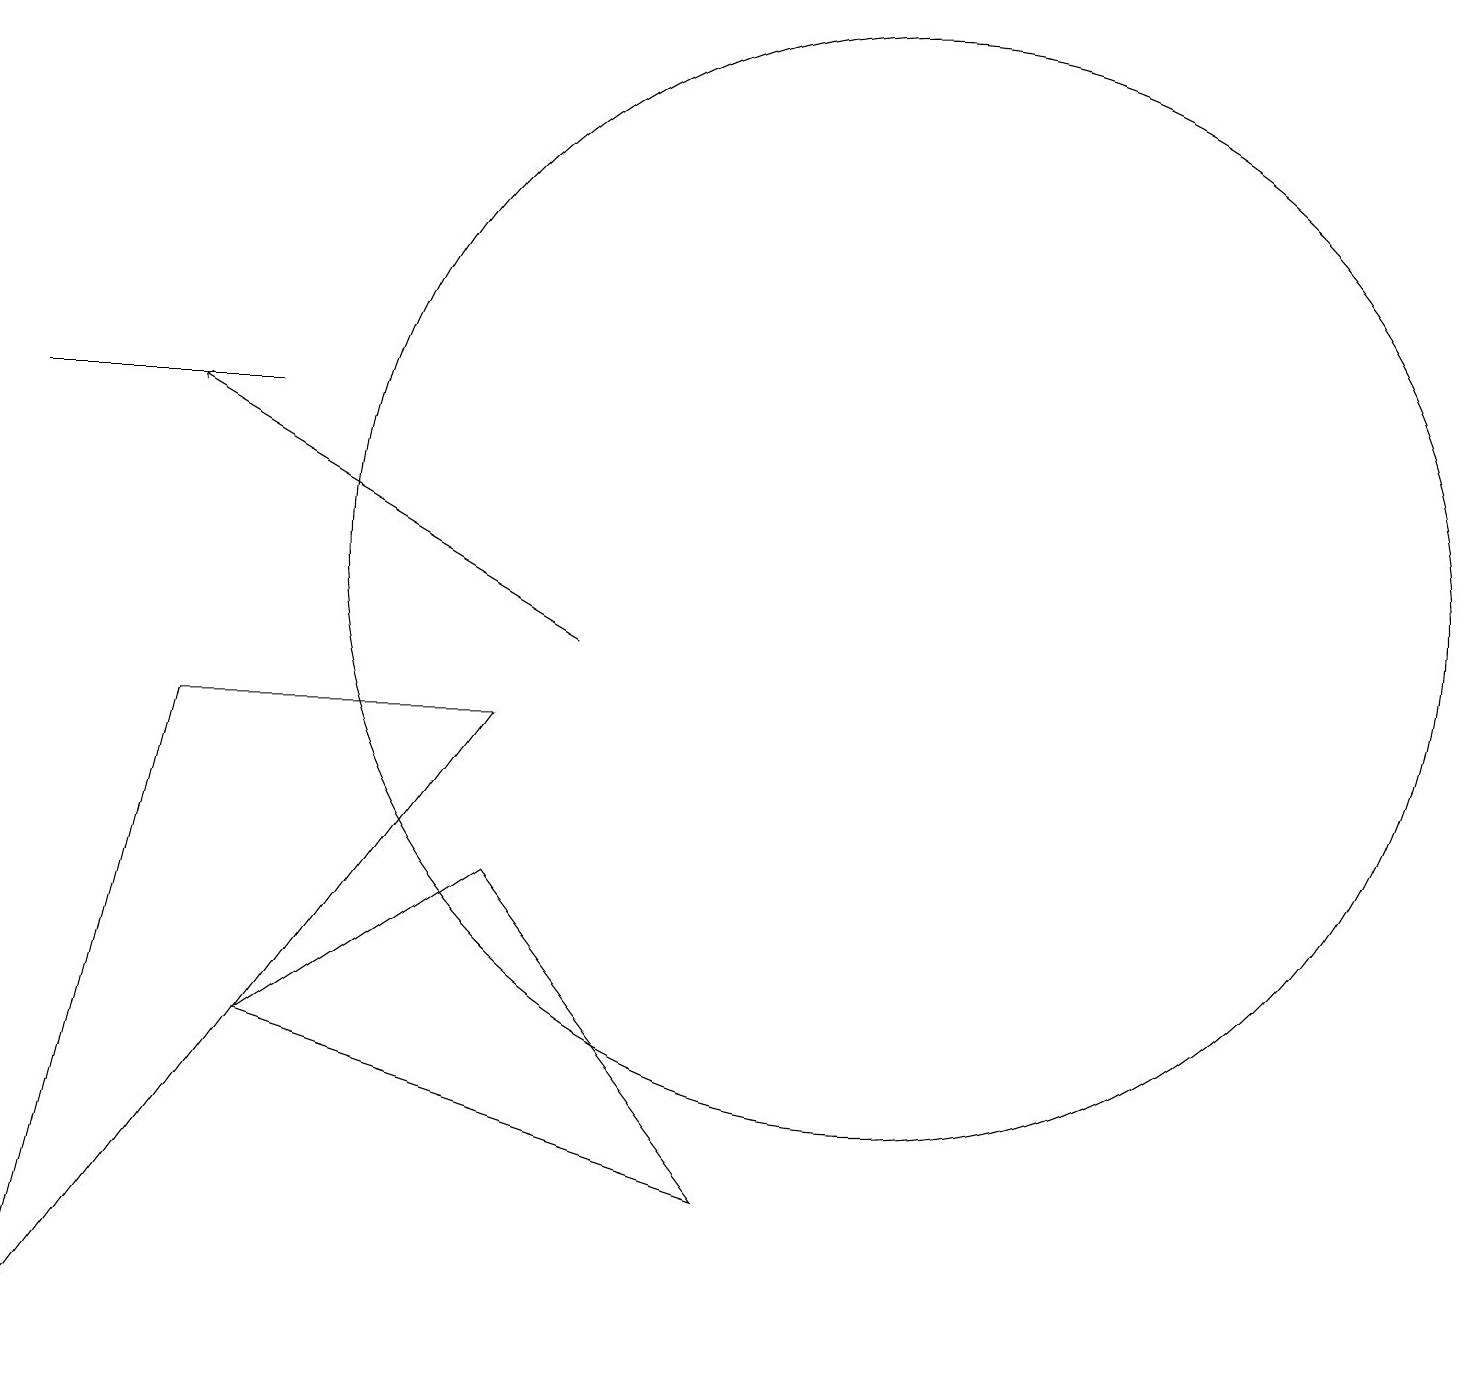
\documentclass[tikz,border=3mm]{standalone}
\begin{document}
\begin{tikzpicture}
\draw (0,13) rectangle (3,13);
\draw (2,9) -- (0,1) -- (6,9) -- cycle;
\draw (11,11) circle (7);
\draw[->] (7,10) -- (2,13);
\draw (6,7) -- (9,3) -- (3,5) -- cycle;
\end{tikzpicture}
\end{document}